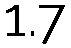
1.7